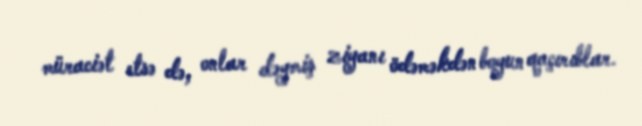
müraciət etsə də, onlar dəymiş ziyanı ödəməkdən boyun qaçırıblar.